Report on vaccination North-West Frontier Province 1904-1922 - 1904-1922
Year: 1904
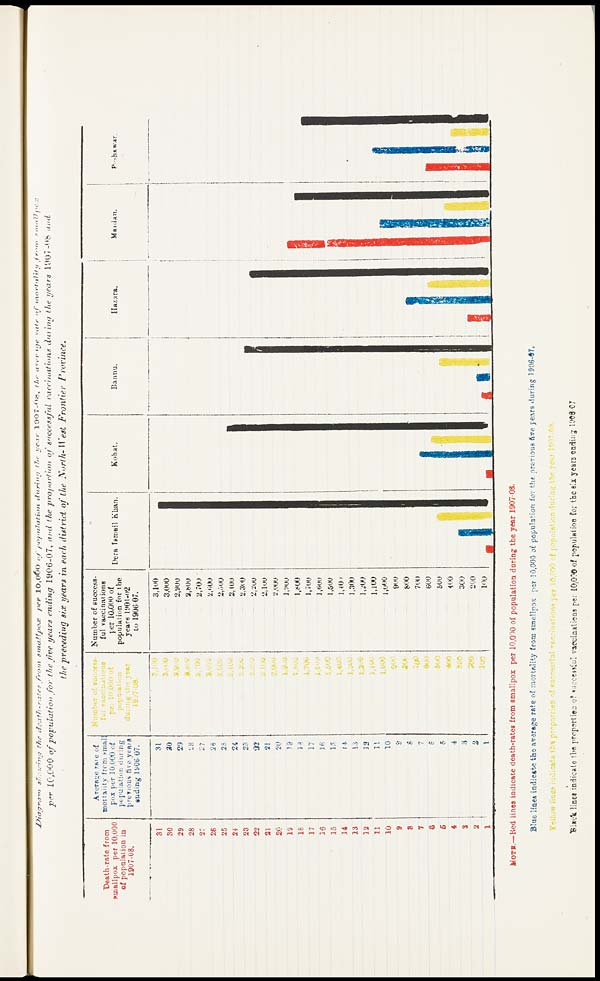
Diagram
showing the death-rates
from small-pox
per 10,000 of population
during the year 1907-08, the average rate of mortality
from small-pox
per 10,000 of population for the five years ending 1906-07, and the proportion of successful vaccinations during the years 1907-08 and
the preceding six years in each district of the North- West Frontier
Province.